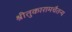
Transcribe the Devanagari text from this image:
श्रीतुकारामचैतन्य